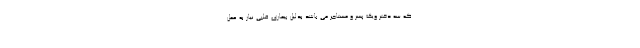
که سه دختر ویک پسر و مستاجر می باشد بدلیل بیماری قلبی نیاز به عمل